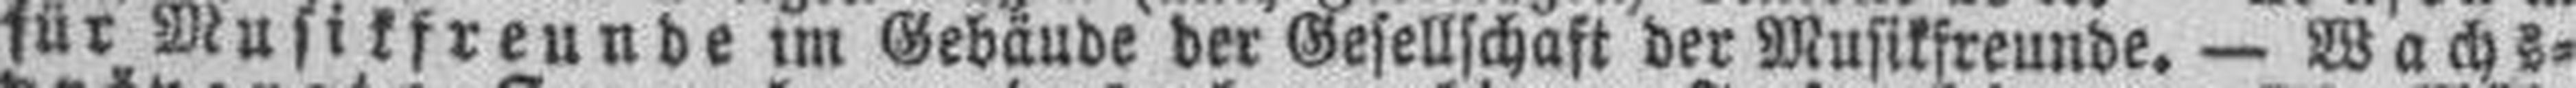
für Musikfreunde im Gebäude der Gesellschaft der Musikfreunde. — Wachs¬